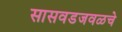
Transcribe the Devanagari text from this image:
सासवडजवळचे